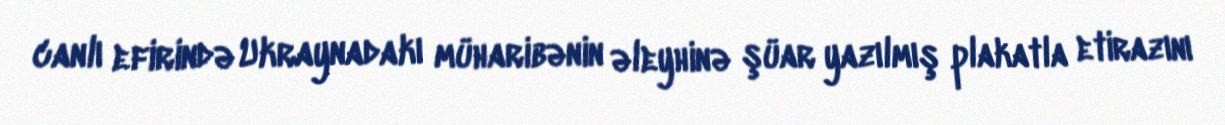
canlı efirində Ukraynadakı müharibənin əleyhinə şüar yazılmış plakatla etirazını